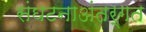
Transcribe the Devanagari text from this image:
संघटनाअंतर्गत